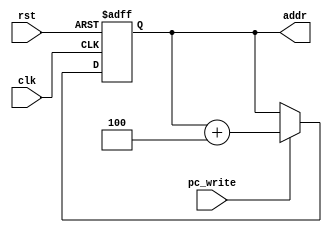
module PC(
  input clk,
  input rst,
  input pc_write,
  output reg [7:0] addr
);

always @(negedge clk or posedge rst) begin
  if(rst)begin
    addr <= 0;
  end else if(pc_write)begin
    addr <= addr + 4;
  end
end
endmodule